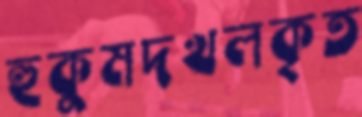
হুকুমদখলকৃত